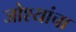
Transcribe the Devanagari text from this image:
जोश्यांचा